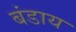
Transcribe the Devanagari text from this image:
बंडाय